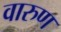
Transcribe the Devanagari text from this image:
वारुण